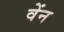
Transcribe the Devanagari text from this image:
वेंन